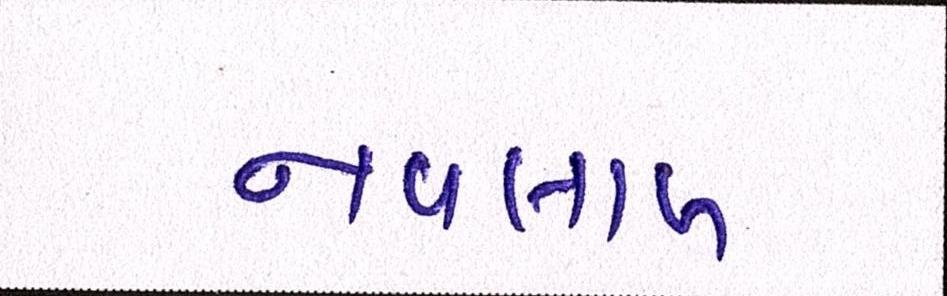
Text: નવલાખ